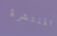
المنتشرة